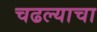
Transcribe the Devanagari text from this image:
चढल्याचा